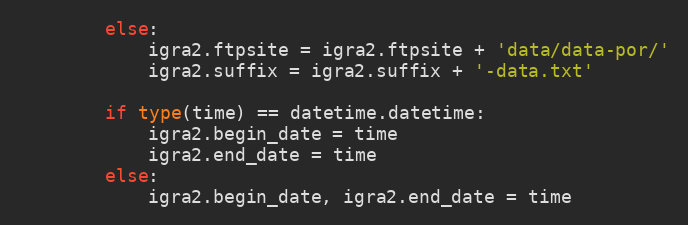
Language: Python
        else:
            igra2.ftpsite = igra2.ftpsite + 'data/data-por/'
            igra2.suffix = igra2.suffix + '-data.txt'

        if type(time) == datetime.datetime:
            igra2.begin_date = time
            igra2.end_date = time
        else:
            igra2.begin_date, igra2.end_date = time